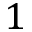
1